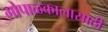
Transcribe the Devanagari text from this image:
गोपाळकालासाठी